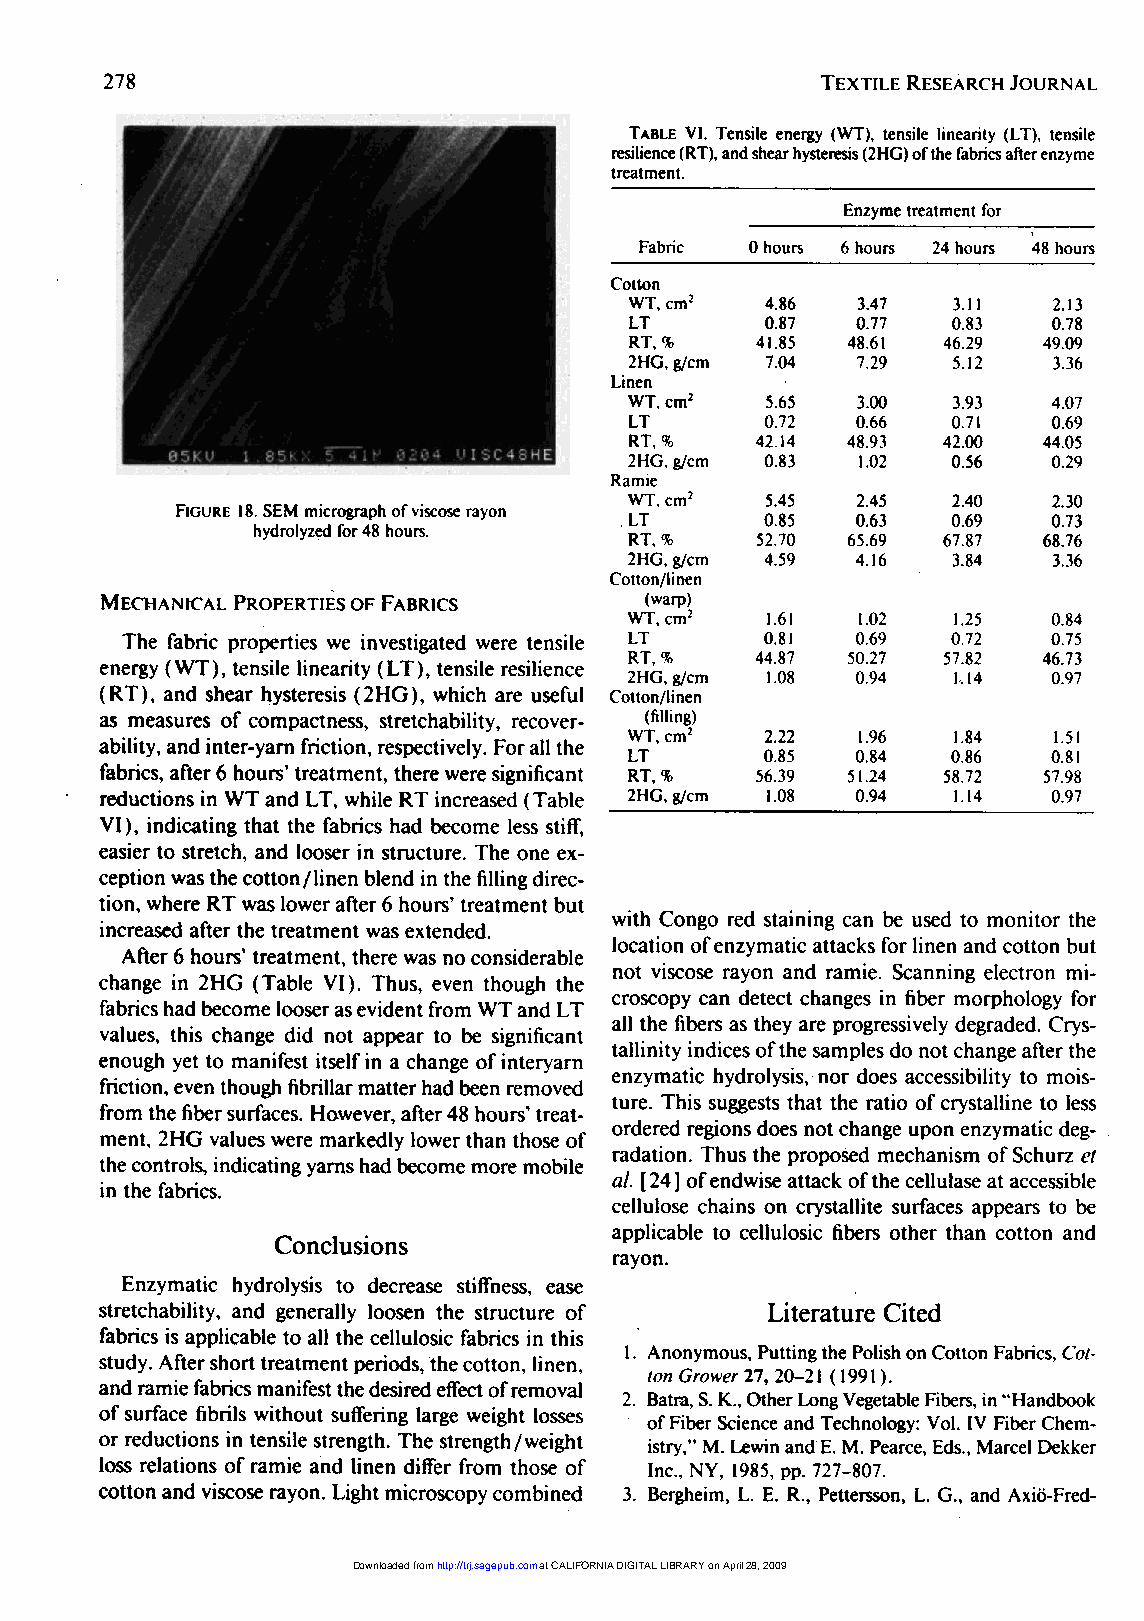
278
 TABLE VI. Tensile energy (WT), tensile linearity (LT), tensile
 resilience (RT), and shear hysteresis (2HG) of the fabrics after enzyme
 treatment.
 FIGURE 18. SEM micrograph of viscose rayon
 hydrolyzed for 48 hours.
 MECHANICAL PROPERTIES OF FABRICS
 The fabric properties we investigated were tensile
 energy (WT), tensile linearity ( LT ), tensile resilience
 (RT), and shear hysteresis (2HG), which are useful
 as measures of compactness, stretchability, recover-
 ability, and inter-yarn friction, respectively. For all the
 fabrics, after 6 hours’ treatment, there were significant
 reductions in WT and LT, while RT increased (Table
 VI ), indicating that the fabrics had become less stiff,
 easier to stretch, and looser in structure. The one ex-
 ception was the cotton/linen blend in the filling direc-
 tion, where RT was lower after 6 hours’ treatment but
 increased after the treatment was extended. with Congo red staining can be used to monitor the
 location of enzymatic attacks for linen and cotton but
 After 6 hours’ treatment, there was no considerable
 change in 2HG ( Table VI ). Thus, even though the not viscose rayon and ramie. Scanning electron mi-
 fabrics had become looser as evident from WT and LT croscopy can detect changes in fiber morphology for
 values, this change did not appear to be significant all the fibers as they are progressively degraded. Crys-
 tallinity indices of the samples do not change after the
 enough yet to manifest itself in a change of interyarn
 friction, even though fibrillar matter had been removed enzymatic hydrolysis, nor does accessibility to mois-
 ture. This suggests that the ratio of crystalline to less
 from the fiber surfaces. However, after 48 hours’ treat-
 ment, 2HG values were markedly lower than those of ordered regions does not change upon enzymatic deg-
 radation. Thus the proposed mechanism of Schurz et
 the controls, indicating yams had become more mobile
 al. [24] ] of endwise attack of the cellulase at accessible
 in the fabrics.
 cellulose chains on crystallite surfaces appears to be
 applicable to cellulosic fibers other than cotton and
 Conclusions
 .
 rayon.
 Enzymatic hydrolysis to decrease stiffness, ease
 stretchability, and generally loosen the structure of Literature Cited
 fabrics is applicable to all the cellulosic fabrics in this
 study. After short treatment periods, the cotton, linen, 1. Anonymous, Putting the Polish on Cotton Fabrics, Cot-
 ton Grower 2, 207-21 (1991).
 and ramie fabrics manifest the desired effect of removal
 2. Batra, S. K., Other Long Vegetable Fibers, in "Handbook
 of surface fibrils without suffering large weight losses
 of Fiber Science and Technology: Vol. IV Fiber Chem-
 or reductions in tensile strength. The strength/weight istry," M. Lewin and E. M. Pearce, Eds., Marcel Dekker
 loss relations of ramie and linen differ from those of Inc., NY, 1985, pp. 727-807.
 cotton and viscose rayon. Light microscopy combined 3. Bergheim, L. E. R., Pettersson, L. G., and Axi&ouml;-Fred-
 Downloaded from http://trj.sagepub.com at CALIFORNIA DIGITAL LIBRARY on April 28, 2009